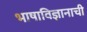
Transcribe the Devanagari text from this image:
भाषाविज्ञानाची